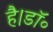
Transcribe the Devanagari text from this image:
है।डॉ॰